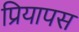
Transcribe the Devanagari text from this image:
प्रियापस